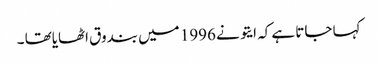
کہا جاتا ہے کہ ایتو نے 1996 میں بندوق اٹھایاتھا ۔